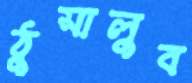
ঠুসালুব